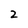
Character: Z